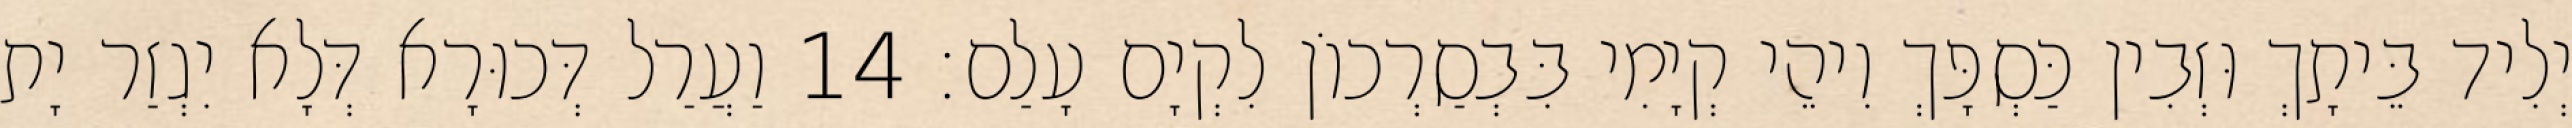
יְלִיד בֵּיתָךְ וּזְבִין כַּסְפָּךְ וִיהֵי קְיָמִי בִּבְסַרְכוֹן לִקְיָם עָלַם׃ 14 וַעֲרַל דְּכוּרָא דְּלָא יִגְזַר יָת